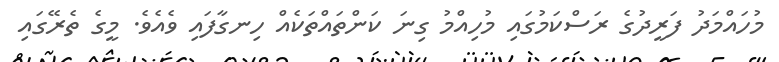
މުހައްމަދު ފަރީދުގެ ރަސްކަމުގައި މުހިއްމު ގިނަ ކަންތައްތަކެއް ހިނގާފައި ވެއެވެ. މީގެ ތެރޭގައި